Vaccination in the Punjab 1905-1918 - 1905-1918
Year: 1905
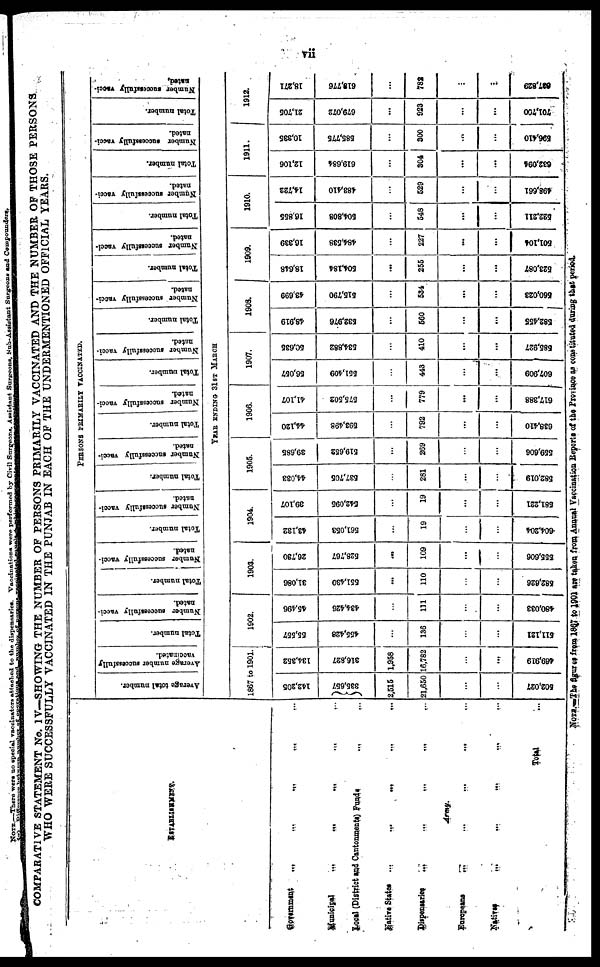
vii
COMPARATIVE STATEMENT No. IV—SHOWING THE NUMBER OF PERSONS PRIMARILY VACCINATED AND THE NUMBER OF THOSE PERSONS
WHO WERE SUCCESSFULLY VACCINATED IN THE PUNJAB IN EACH OF THE UNDERMENTIONED OFFICIAL YEARS.
ESTABLISHMENT.
Government ... ... ... ... ...
Municipal ... ... ... ... ...
Local (District and Cantonments) Funds ... ...
Native States
...
...
...
...
...
Dispensaries
...
...
...
...
...
Army.
Europeans
...
...
...
...
...
Natives
...
...
...
...
...
Total ...
PERSONS PRIMARILY VACCINATED.
Average total number.
Avenge number successfully
vaccinated.
Total number.
Number successfully vacci-
nated.
Total number.
Number successfully vacci-
nated.
Total number.
Number successfully vacci-
nated.
Total number.
Number successfully vacci-
nated.
Total number.
Number successfully vacci-
nated.
Total number.
Number successfully vacci-
nated.
Total number.
Number successfully vacci-
nated.
Total number.
Number successfully vacci-
nated.
Total number.
Number successfully vacci-
nated.
Total number.
Number successfully vacci-
nated.
Total number.
N umber successfully vacci-
nated.
YEAR ENDING 31ST MARCH
1867 to 1901.
142,205
335,657
2,515
21,650
...
...
502,027
134,352
316,827
1,958
16,782
...
...
469,919
1902.
55,557
455,428
...
136
...
...
511,121
45,496
434,426
...
111
...
...
480,033
1903.
31,086
551,430
...
110
...
...
582,626
26,730
528,767
...
109
...
...
555,606
1904.
43,132
561,053
...
19
...
...
604,204
39,107
542,095
...
19
...
...
581,221
1905.
44,033
537,705
...
281
...
...
582,019
39,685
519,652
...
269
...
...
559,606
1906.
44,120
593,498
...
792
...
...
638,410
41,107
575,502
...
779
...
...
617,388
1907.
56,057
551,409
...
443
...
...
607,909
56,636
534,882
...
410
...
...
585,927
1908.
48,919
532,976
...
560
...
...
582,455
43,699
515,790
...
534
...
...
560,023
1909.
18,648
504,184
...
255
...
...
523,087
16,339
484,538
...
227
...
...
501,104
1910.
16,855
504,808
...
548
...
...
522.211
14,722
483,410
...
529
...
...
498,661
1911.
12,106
619,684
...
304
...
...
632,094
10,335
585,775
...
300
...
...
596,410
1912.
21,705
679,072
...
923
...
...
701,700
18,271
618,776
...
782
...
...
637,829
NOTE.—The figures from 1867 to 1901 are taken from Annual Vaccination Reports of the Province as constituted during that period.